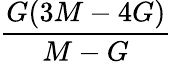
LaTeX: \frac{G(3M-4G)}{M-G}